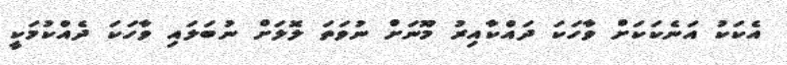
އެކަކު އަނެކަކަށް ވާހަކަ ދައްކާއިރު މޫނަށް ނުވަތަ ލޮލަށް ނުބަލައި ވާހަކަ ދެއްކުމަކީ